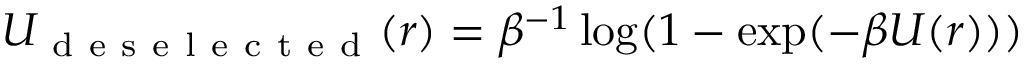
U _ { \mathrm { ~ d ~ e ~ s ~ e ~ l ~ e ~ c ~ t ~ e ~ d ~ } } ( r ) = \beta ^ { - 1 } \log ( 1 - \exp ( - \beta U ( r ) ) )